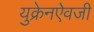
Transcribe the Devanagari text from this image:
युक्रेनऐवजी